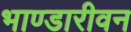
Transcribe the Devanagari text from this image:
भाण्डारीवन